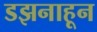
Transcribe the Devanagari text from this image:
डझनाहून